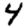
Digit: 4